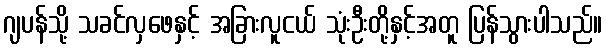
ဂျပန်သို့ သခင်လှဖေနှင့် အခြားလူငယ် သုံးဦးတို့နှင့်အတူ ပြန်သွားပါသည်။